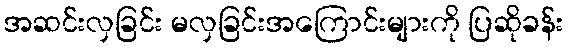
အဆင်းလှခြင်း မလှခြင်းအကြောင်းများကို ပြဆိုခန်း